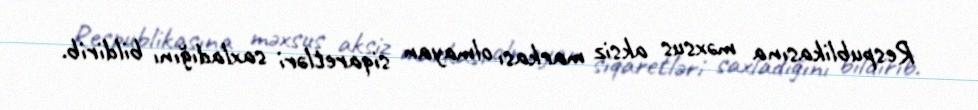
Respublikasına məxsus aksiz markası olmayan siqaretləri saxladığını bildirib.